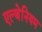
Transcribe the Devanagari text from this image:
एल्थेनियम